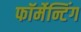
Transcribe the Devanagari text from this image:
फॉर्मेन्टिंग